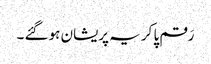
رَقم پا کر یہ پریشان ہو گئے ۔